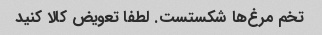
تخم مرغ‌ها شکستست. لطفا تعویض کالا کنید